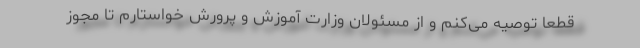
قطعا توصیه می‌کنم و از مسئولان وزارت آموزش و پرورش خواستارم تا مجوز